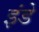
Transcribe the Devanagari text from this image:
इंडे